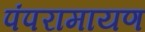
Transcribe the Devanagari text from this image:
पंपरामायण